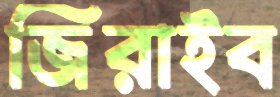
জিরাইব